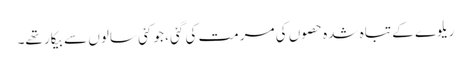
ریلوے کے تباہ شدہ حصوں کی مرمت کی گئی ، جو کئی سالوں سے بیکار تھے۔